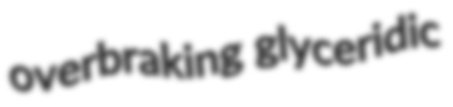
overbraking glyceridic